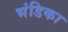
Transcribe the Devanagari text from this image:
भंडिका